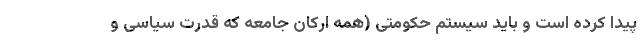
پیدا کرده است و باید سیستم حکومتی (همه ارکان جامعه که قدرت سیاسی و